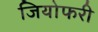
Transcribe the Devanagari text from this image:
जियोफरी